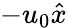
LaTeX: -u_{0}\hat{x}